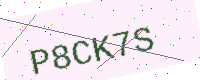
Text: P8CK7S